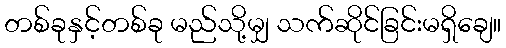
တစ်ခုနှင့်တစ်ခု မည်သို့မျှ သက်ဆိုင်ခြင်းမရှိချေ။